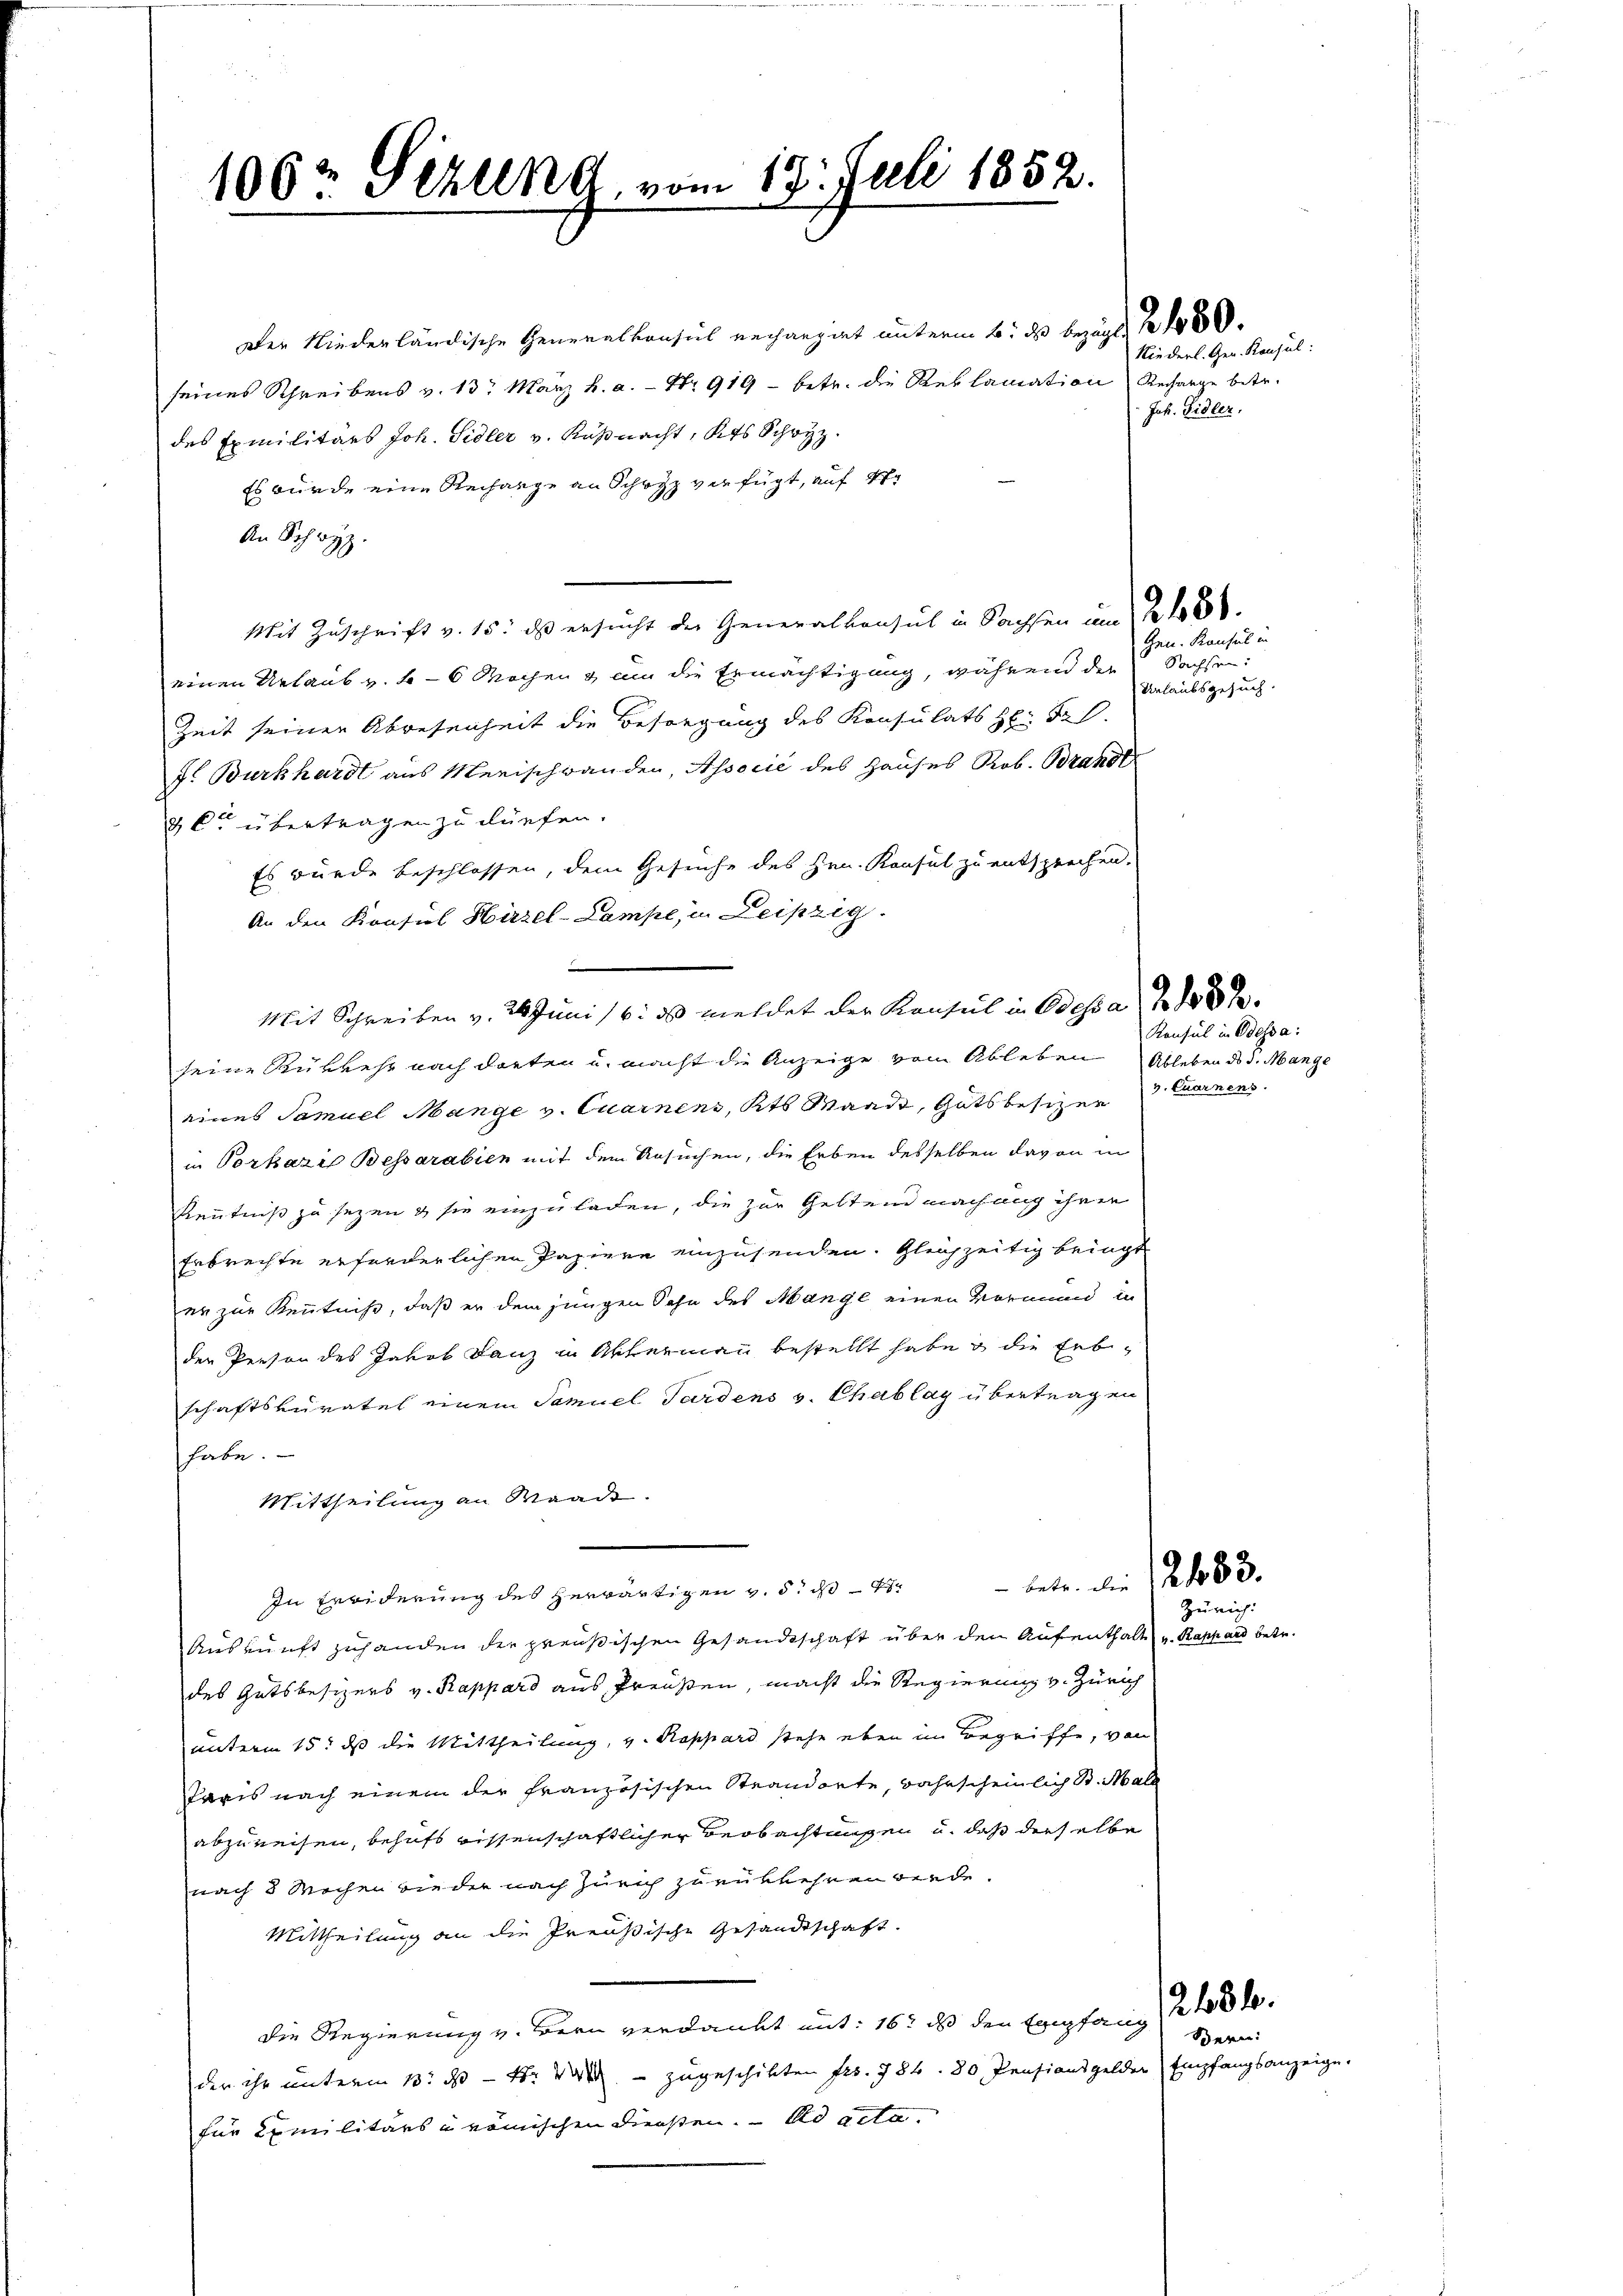
1062 Gezung vom 17. Juli 1852.

Der Niederländische Generalkonsich rechangirt unterm 6. ds bezuges 2150.
seines Schreibens v. 13. März h. a. — Nr. 919 - betr. die Reklamation Recharge betr.
des Exmilitärs Joh. Sidler v. Küßnacht, Kts Schwyz.
Es würde eine Recharge an Schwyz verfügt, auf 4
An Schwyz
Mit Zuschrift v. 15. ds ersucht der Generalkonsul in Sachsen um 25.
einen Urlaub v. h. - 6 Wochen & um die Ermächtigung, während der
Zeit seiner Abwesenheit die Besorgung des Konsulats H: Frl.
f. Burkhardt aus Merischwanden, Associé des Hauses Rob. Brandl
2 Ct übertragen zu dürfen.
Es wurde beschlossen, dem Gesuche des Hrn. Konsul zu entsprechen.
An den Konsul Hirzel-Lampe, in Leipzig.
Mit Schreiben v. 24. Juni 16. ds meldet der Konsul in Odessa Z 1882
seine Rükkehr nach darten u. macht die Anzeige vom Ableben Ableben des d. Mange
eines Samuel Mange v. Quarnens, Kts Waadt, Gutsbesizer keinen
in Vorkazi Bessarabien mit dem Ansuchen, die Erben desselben davon in
Kenntniß zu sezen & sie einzuladen, die zur Geltend machung ihrer
Erbrechte erforderlichen Papiere einzusenden. Gleichzeitig bringt
er zur Kenntniß, daß er dem jungen Sohn des Mange einen Vormund in
den Person des Jakob Lanz in Aktermann bestellt habe & die Erbschaftskuratel einem Samuel Tardens v. Chablay übertragen
habe.
Mittheilung an Waade.
In Erwiderung des herwärtigen v. 5. 104 betr. die 200.
Auskunft zuhanden die preußischen Gesandtschaft über den Aufenthalt u. Rappard betr.
des Gutsbesizers v. Rappard aus Preußen, macht die Regierung v. Zürich
unterm 15. ds die Mittheilung, v. Rappard stehe eben im Begriffe, von
Taxis nach einem der französischen Steandorte, wahrscheinlich St. Mall
abzuweisen, behufs bissenschaftlicher Beobachtnissen u. daß dieselbe
nach 8 Wochen wieder nach Zürich zurükkehren werde.
Mittheilung an die Preußische Gesandtschaft.
die Regierung v. Bern verdankt mit: 16. ds den Empfang 2400.
der ihr unterm 13. ds. - 4. – zugeschikten Frs. 784. 80 Pensionsgelder Empfangsanzeige.
für Camilitärs u römischen Diensten. ad acta.

Niederl. Gen. Konsul:
Jak. Sidler,

Sachsen.
Urlaubsgesuch.

Gen. Konsul in

Konsul in Odessa:

Zürich:

Bern